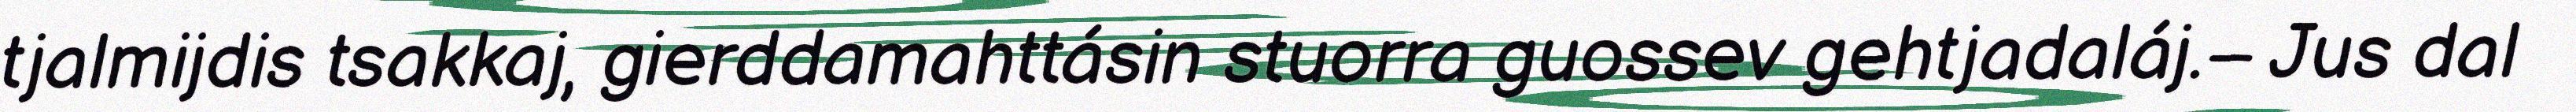
tjalmijdis tsakkaj, gierddamahttásin stuorra guossev gehtjadaláj.– Jus dal